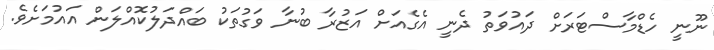
ނޫނީ ހެޑްމާސްޓަރަށް ދައުވަތު ދެނީ އެގެއަށް އަޒުރާ ބުނާ ވަގުތަކު ބައްދަލުކޮއްލަން އައުމަށެވެ.